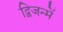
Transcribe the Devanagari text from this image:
द्विजन्में